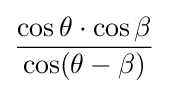
{\frac {\cos \theta \cdot \cos \beta }{\cos(\theta -\beta )}}